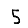
Digit: 5